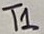
Text: T1